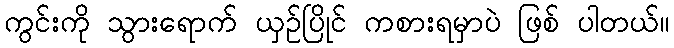
ကွင်းကို သွားရောက် ယှဉ်ပြိုင် ကစားရမှာပဲ ဖြစ် ပါတယ်။